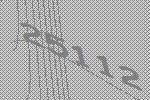
25112